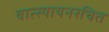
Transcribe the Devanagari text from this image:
वात्स्यायनरचित